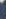
"